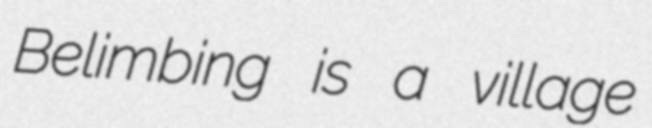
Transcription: Belimbing is a village